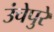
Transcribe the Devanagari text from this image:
उंचेपुरे